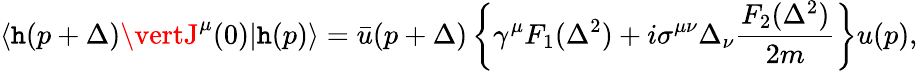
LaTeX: \langle\mathtt{h}(p+\Delta)\vertJ^{\mu}(0)\vert\mathtt{h}(p)\rangle=\bar{{u}}(p+\Delta)\left\{ \gamma^{\mu}F_{1}(\Delta^{2})+i\sigma^{\mu\nu}\Delta_{\nu}\frac{{F_{2}(\Delta^{2})}}{{2m}}\right\} u(p),